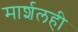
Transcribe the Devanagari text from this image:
मार्शलही